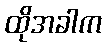
ထိုအခါက